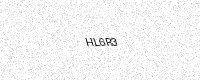
Text: HL6R3